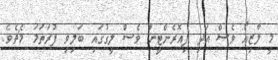
މީ ލާޒިއޯ ވެސް އަދި ފިއޮރެންޓީނާ ވެސް ލީގުގައި ބަލިވި ފުރަތަމަ މެޗެވެ.